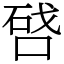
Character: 𠷠